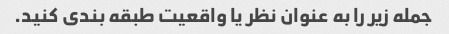
جمله زیر را به عنوان نظر یا واقعیت طبقه بندی کنید.